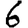
Digit: 6